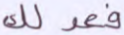
فعدلك